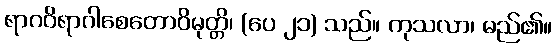
ရာဂဝိရာဂါစေတောဝိမုတ္တိ၊ (ပေ ၂၁) သည်။ ကုသလာ၊ မည်၏။